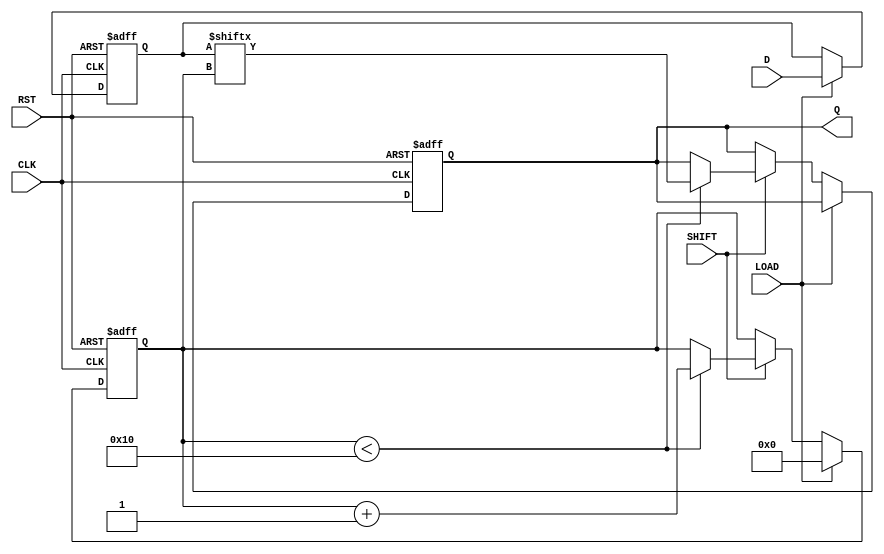
module PISO_Register (
    input wire [15:0] D,     // 16-bit parallel input
    input wire LOAD,         // Load control signal
    input wire SHIFT,        // Shift control signal
    input wire CLK,          // Clock signal
    input wire RST,          // Asynchronous reset signal
    output reg Q             // Serial output
);

    reg [15:0] register;      // 16-bit storage for the data
    reg [3:0] shift_count;    // Counts the number of bits shifted out

    always @(posedge CLK or posedge RST) begin
        if (RST) begin
            register <= 16'b0; // Reset register to 0
            Q <= 1'b0;         // Reset serial output
            shift_count <= 4'b0; // Reset shift counter
        end else begin
            if (LOAD) begin
                register <= D;  // Load the parallel input data
                shift_count <= 4'b0; // Reset shift counter on load
            end else if (SHIFT) begin
                if (shift_count < 16) begin
                    Q <= register[shift_count]; // Output the current bit
                    shift_count <= shift_count + 1; // Increment shift count
                end
            end
        end
    end

endmodule